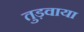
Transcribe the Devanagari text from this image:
तुड़वाया